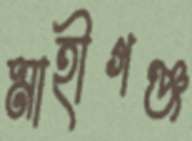
মাহীগঞ্জ